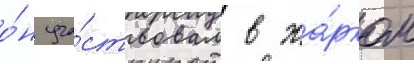
о́н уча́ствовал в жа́рком